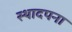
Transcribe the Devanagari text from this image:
स्थादपना